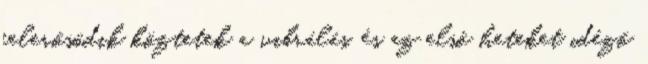
felerősödik köztetek a vibrálás, és az első heteket idéző